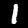
Digit: 1